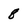
Character: 8